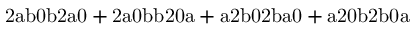
\mathrm { 2 a b 0 b 2 a 0 + 2 a 0 b b 2 0 a + a 2 b 0 2 b a 0 + a 2 0 b 2 b 0 a }